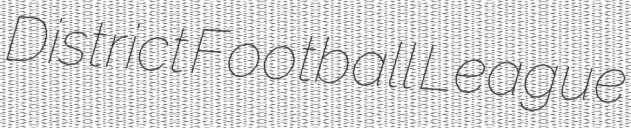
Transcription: District Football League